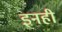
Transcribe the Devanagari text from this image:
इनही